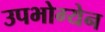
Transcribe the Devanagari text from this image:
उपभोग्येन